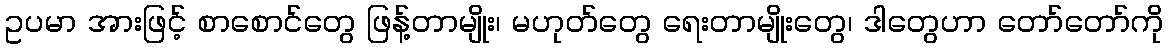
ဥပမာ အားဖြင့် စာစောင်တွေ ဖြန့်တာမျိုး၊ မဟုတ်တွေ ရေးတာမျိုးတွေ၊ ဒါတွေဟာ တော်တော်ကို